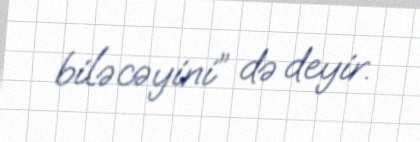
biləcəyini” də deyir.